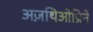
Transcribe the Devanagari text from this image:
अज़थिओप्रिने